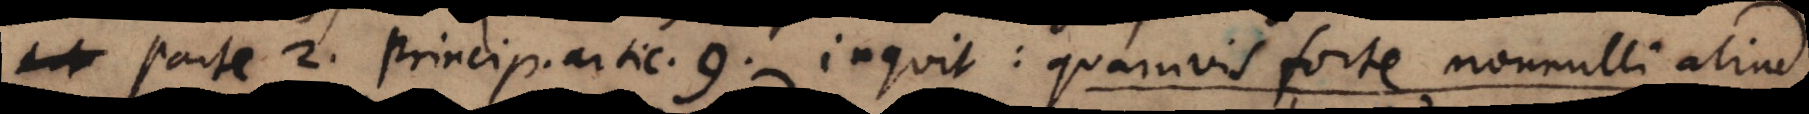
Parte 2. Princip. artic. 9. inquit: quamvis forte nonnulli aliud